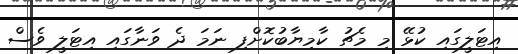
އިޓަލީގައި ކުޅޭ މި މެޗު ކާމިޔާބުކޮށްފި ނަމަ ދެ ވަނާގައި އިޓަލީ ވެސް